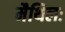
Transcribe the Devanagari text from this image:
मैथिलः